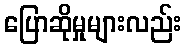
ပြောဆိုမှုများလည်း